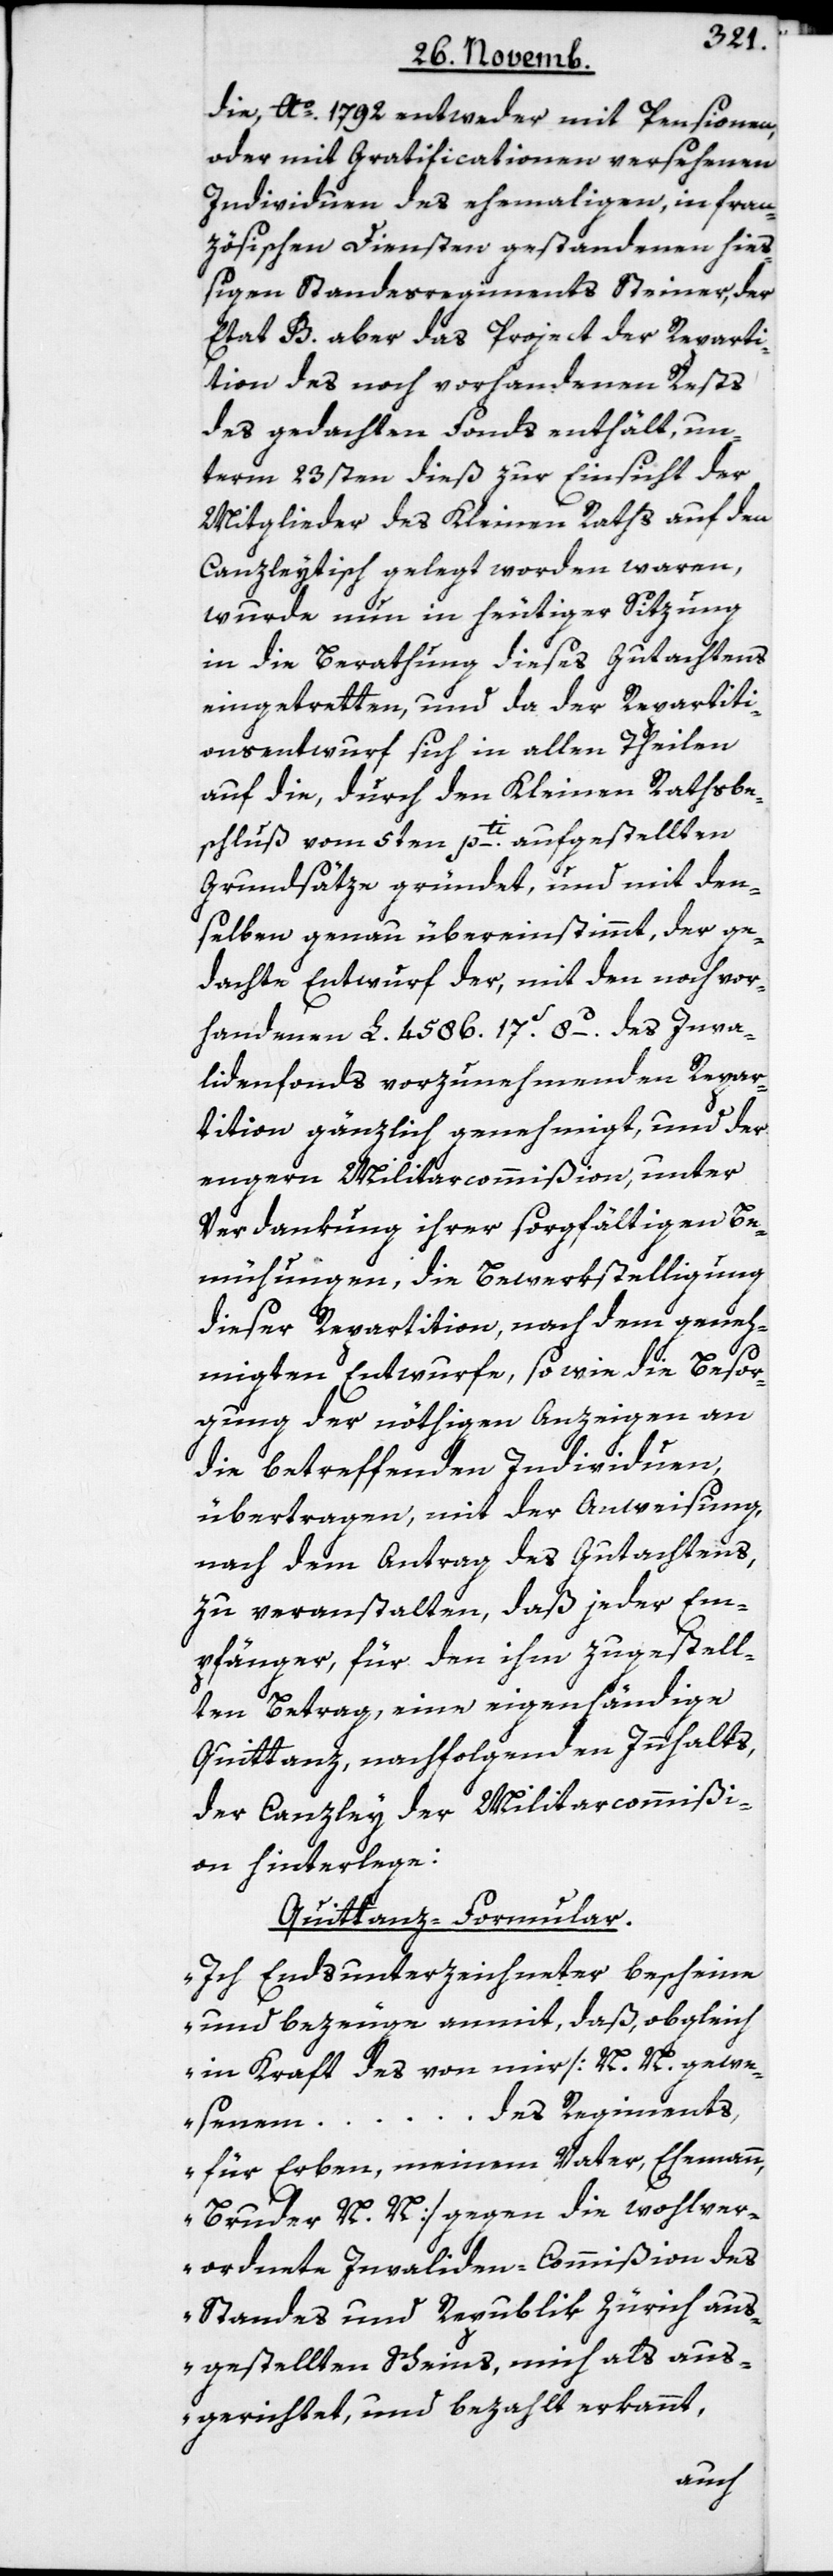
die, Ao. 1792 entweder mit Pensionen
oder mit Gratificationen versehenden
Individuen des ehemahligen, in fran¬
zösischen Diensten gestandenen hieß¬
igen Standesregiments Steiner, der
Etat B. aber das Project der Reparti¬
tion des noch vorhandenen Rests
des gedachten Fonds enthält, un¬
term 23sten dieß zur Einsicht der
Mitglieder des Kleinen Raths auf den
Canzleytisch gelegt worden waren,
wurde nun in heutiger Sitzung
in die Berathung dieses Gutachtens
eingetretten, und da der Repartiti¬
onsentwurf sich in allen Theilen
auf die, durch den Kleinen Rathsbe¬
schluß vom 5ten pti. aufgestellten
Grundsätze gründet, und mit den¬
selben genau übereinstimmt, der ge¬
dachte Entwurf der, mit den noch vor¬
handenen L. 4586. 17S. 8d.– des Inva¬
lidenfonds vorzunehmenden Repar¬
tition gänzlich genehmigt, und der
engern Militarcommißion, unter
Verdankung ihrer sorgfältigen Be¬
mühungen, die Bewerkstelligung
dieser Repartition, nach dem geneh¬
migten Entwurfe, so wie die Besor¬
gung der nöthigen Anzeigen an
die betreffenden Individuen,
übertragen, mit der Anweisung,
nach dem Antrag des Gutachtens,
zu veranstalten, daß jeder Em¬
pfänger, für den ihm zugestell¬
ten Betrag, eine eigenhändige
Quittanz, nachfolgenden Innhalts,
der Canzley der Militarcommißi¬
on hinterlege:
Quittanz-Formular.
„Ich Endsunterzeichneter bescheine
und bezeuge anmit, daß, obgleich
in Kraft des von mir [N. N. gewe¬
des Regiments,
senem …
für Erben, meinem Vater, Ehemann,
Bruder N. N.] gegen die wohlver¬
ordnete Invaliden-Commißion des
Standes und Republik Zürich aus¬
gestellten Scheins, mich als aus¬
gerichtet und bezahlt erkannt,